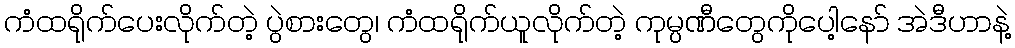
ကံထရိုက်ပေးလိုက်တဲ့ ပွဲစားတွေ၊ ကံထရိုက်ယူလိုက်တဲ့ ကုမ္ပဏီတွေကိုပေါ့နော် အဲဒီဟာနဲ့